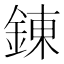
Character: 錬